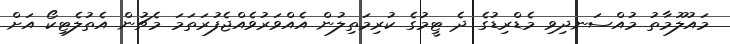
މައުލޫމާތު މުއްސަނދިވި މެޑްރިޑުގެ ދެ ޓީމުގެ ކުރިމަތިލުން އެއްވަރުވެއްޖެފުރަތަމަ މެޗުން އެތުލެޓިކޯ އަށް